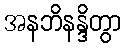
အနဘိနန္ဒိတွာ